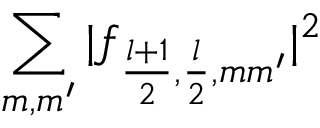
\sum _ { m , m ^ { \prime } } | f _ { \frac { l + 1 } { 2 } , \frac { l } { 2 } , m m ^ { \prime } } | ^ { 2 }